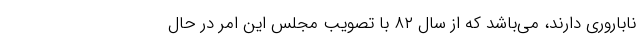
ناباروری دارند، می‌باشد که از سال ۸۲ با تصویب مجلس این امر در حال